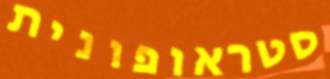
סטראופונית